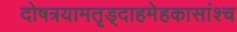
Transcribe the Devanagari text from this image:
दोषत्रयामतृड्दाहमेहकासांश्च